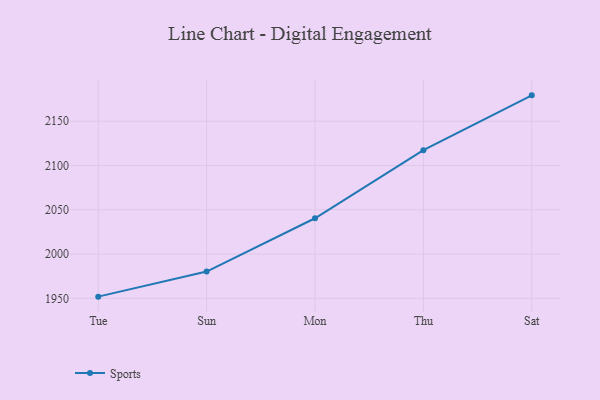
{"axis": {"x": "Day", "y": "Population (Million)"}, "legend": ["Sports"], "data": [{"x": "Tue", "y": 1951.9, "type": "Sports"}, {"x": "Sun", "y": 1980.2, "type": "Sports"}, {"x": "Mon", "y": 2040.4, "type": "Sports"}, {"x": "Thu", "y": 2117.3, "type": "Sports"}, {"x": "Sat", "y": 2179.2, "type": "Sports"}]}